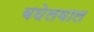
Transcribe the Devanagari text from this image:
बघेलवाल